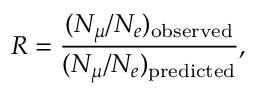
R = \frac { ( N _ { \mu } / N _ { e } ) _ { \mathrm { o b s e r v e d } } } { ( N _ { \mu } / N _ { e } ) _ { \mathrm { p r e d i c t e d } } } ,